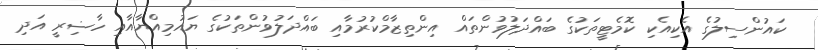
ކައުންސިލުގެ އެކިއެކި ކޮމެޓީތަކުގެ ބައްދަލުވުންތައް އިންތިޒާމްކުރުމާއި ބައްދަލުވުންތަކުގެ ޔައުމިއްޔާއާއި ހާޟިރީ އަދި